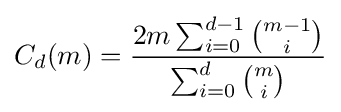
C_{d}(m)={\frac {2m\sum _{i=0}^{d-1}{{m-1} \choose i}}{\sum _{i=0}^{d}{{m} \choose i}}}